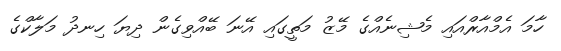
ހާމަ އެމްއާރްއައި މެޝިނެއްގެ މޭޒު މަތީގައި އޭނަ ބޭއްވިގެން ދިޔަ ހިނދު މަލާކްގެ